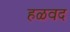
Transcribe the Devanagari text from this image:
हळवद